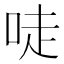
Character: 唗